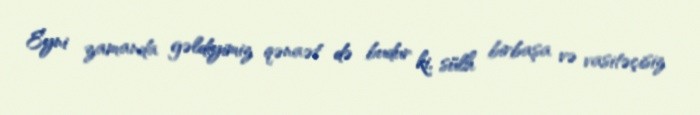
Eyni zamanda gəldiyimiz qənaət də budur ki, sülh birbaşa və vasitəçisiz